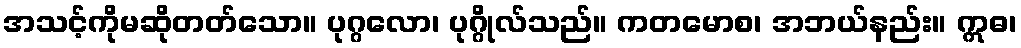
အသင့်ကိုမဆိုတတ်သော။ ပုဂ္ဂလော၊ ပုဂ္ဂိုလ်သည်။ ကတမောစ၊ အဘယ်နည်း။ ဣဓ၊